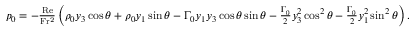
\begin{array} { r } { p _ { 0 } = - \frac { \mathrm { R e } } { \mathrm { F r ^ { 2 } } } \left( \rho _ { 0 } y _ { 3 } \cos \theta + \rho _ { 0 } y _ { 1 } \sin \theta - \Gamma _ { 0 } y _ { 1 } y _ { 3 } \cos \theta \sin \theta - \frac { \Gamma _ { 0 } } { 2 } y _ { 3 } ^ { 2 } \cos ^ { 2 } \theta - \frac { \Gamma _ { 0 } } { 2 } y _ { 1 } ^ { 2 } \sin ^ { 2 } \theta \right) . } \end{array}